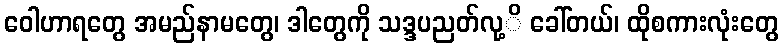
ဝေါဟာရတွေ အမည်နာမတွေ၊ ဒါတွေကို သဒ္ဒပညတ်လု့ိ ခေါ်တယ်၊ ထိုစကားလုံးတွေ